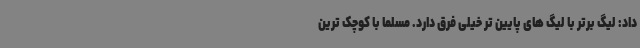
داد: لیگ برتر با لیگ های پایین تر خیلی فرق دارد. مسلما با کوچک ترین